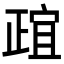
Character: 𬆄